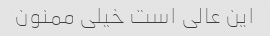
این عالی است خیلی ممنون